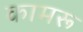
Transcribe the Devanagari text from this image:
कामरू